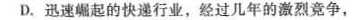
D.迅速崛起的快递行业，经过几年的激烈竞争，